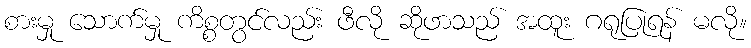
စားမှု သောက်မှု ကိစ္စတွင်လည်း ဖီလို ဆိုဖာသည် အထူး ဂရုပြုရန် မလို။